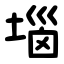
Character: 堖